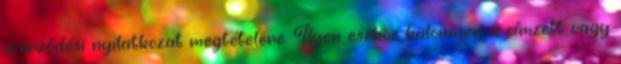
szerződési nyilatkozat megtételére. Ilyen eszköz különösen a címzett vagy